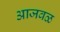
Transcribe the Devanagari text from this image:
आजवळ